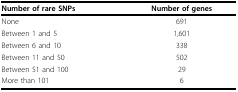
<table><thead><tr><td><b>Number of rare SNPs</b></td><td><b>Number of genes</b></td></tr></thead><tbody><tr><td>None</td><td>691</td></tr><tr><td>Between 1 and 5</td><td>1,601</td></tr><tr><td>Between 6 and 10</td><td>338</td></tr><tr><td>Between 11 and 50</td><td>502</td></tr><tr><td>Between 51 and 100</td><td>29</td></tr><tr><td>More than 101</td><td>6</td></tr></tbody></table>